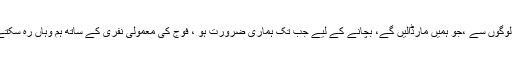
لیکن امریکیوں کو ان لوگوں سے ،جو ہمیں مارڈالیں گے، بچانے کے لیے جب تک ہماری ضرورت ہو ، فوج کی معمولی نفری کے ساتھ ہم وہاں رہ سکتے ہیں اور رہنا چاہئے۔